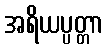
အရိယပ္ပတ္တာ